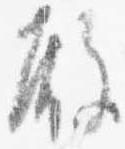
殿